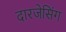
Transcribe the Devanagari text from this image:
दारजेसिंग